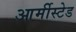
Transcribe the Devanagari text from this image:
आर्मीस्टेड